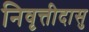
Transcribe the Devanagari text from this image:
निवृत्तीदासु